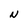
Character: N